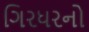
ગિરધરનો